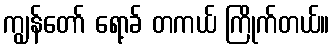
ကျွန်တော် ရော့ခ် တကယ် ကြိုက်တယ်။